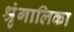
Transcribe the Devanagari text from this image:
श्रृंगालिका